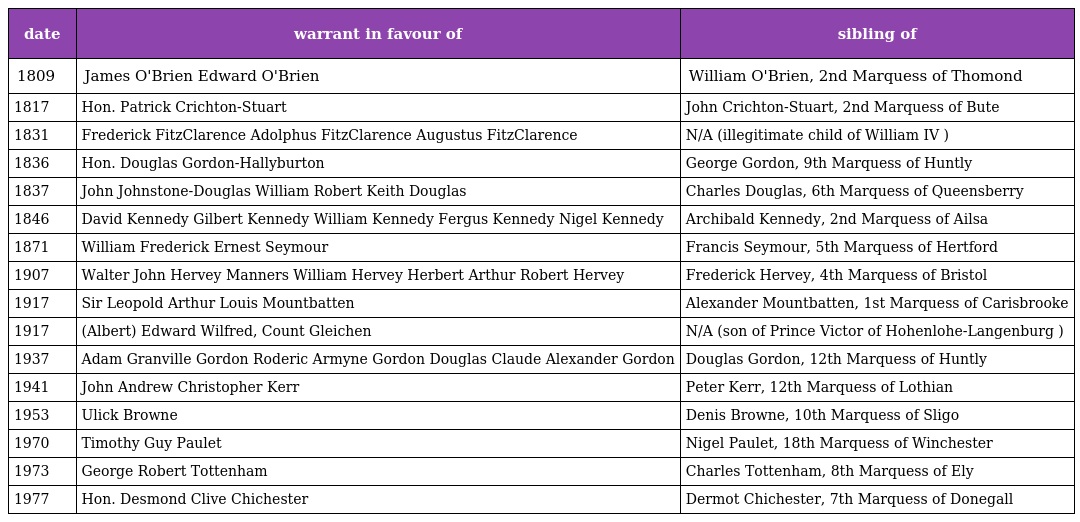
| date | warrant in favour of | sibling of |
 | --- | --- | --- |
 | 1809 | James O'Brien Edward O'Brien | William O'Brien, 2nd Marquess of Thomond |
 | 1817 | Hon. Patrick Crichton-Stuart | John Crichton-Stuart, 2nd Marquess of Bute |
 | 1831 | Frederick FitzClarence Adolphus FitzClarence Augustus FitzClarence | N/A (illegitimate child of William IV ) |
 | 1836 | Hon. Douglas Gordon-Hallyburton | George Gordon, 9th Marquess of Huntly |
 | 1837 | John Johnstone-Douglas William Robert Keith Douglas | Charles Douglas, 6th Marquess of Queensberry |
 | 1846 | David Kennedy Gilbert Kennedy William Kennedy Fergus Kennedy Nigel Kennedy | Archibald Kennedy, 2nd Marquess of Ailsa |
 | 1871 | William Frederick Ernest Seymour | Francis Seymour, 5th Marquess of Hertford |
 | 1907 | Walter John Hervey Manners William Hervey Herbert Arthur Robert Hervey | Frederick Hervey, 4th Marquess of Bristol |
 | 1917 | Sir Leopold Arthur Louis Mountbatten | Alexander Mountbatten, 1st Marquess of Carisbrooke |
 | 1917 | (Albert) Edward Wilfred, Count Gleichen | N/A (son of Prince Victor of Hohenlohe-Langenburg ) |
 | 1937 | Adam Granville Gordon Roderic Armyne Gordon Douglas Claude Alexander Gordon | Douglas Gordon, 12th Marquess of Huntly |
 | 1941 | John Andrew Christopher Kerr | Peter Kerr, 12th Marquess of Lothian |
 | 1953 | Ulick Browne | Denis Browne, 10th Marquess of Sligo |
 | 1970 | Timothy Guy Paulet | Nigel Paulet, 18th Marquess of Winchester |
 | 1973 | George Robert Tottenham | Charles Tottenham, 8th Marquess of Ely |
 | 1977 | Hon. Desmond Clive Chichester | Dermot Chichester, 7th Marquess of Donegall |